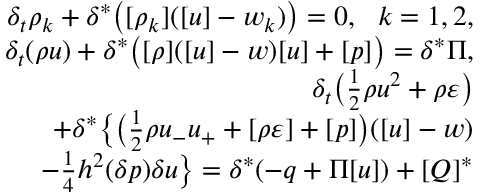
\begin{array} { r } { \delta _ { t } \rho _ { k } + \delta ^ { * } \big ( [ \rho _ { k } ] ( [ u ] - w _ { k } ) \big ) = 0 , \ \ k = 1 , 2 , } \\ { \delta _ { t } ( \rho u ) + \delta ^ { * } \big ( [ \rho ] ( [ u ] - w ) [ u ] + [ p ] \big ) = \delta ^ { * } \Pi , } \\ { \delta _ { t } \big ( \frac 1 2 \rho u ^ { 2 } + \rho \varepsilon \big ) } \\ { + \delta ^ { * } \big \{ \big ( \frac 1 2 \rho u _ { - } u _ { + } + [ \rho \varepsilon ] + [ p ] \big ) ( [ u ] - w ) } \\ { - \frac 1 4 h ^ { 2 } ( \delta p ) \delta u \big \} = \delta ^ { * } ( - q + \Pi [ u ] ) + [ Q ] ^ { * } } \end{array}